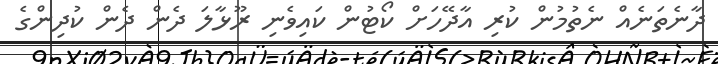
ދާނެތަނެއް ނެތުމުން ކުރި އާދޭހަށް ކޯޓުން ކައިވެނި ރޫޅާލަ ދެން ދެން ކުދިންގެ